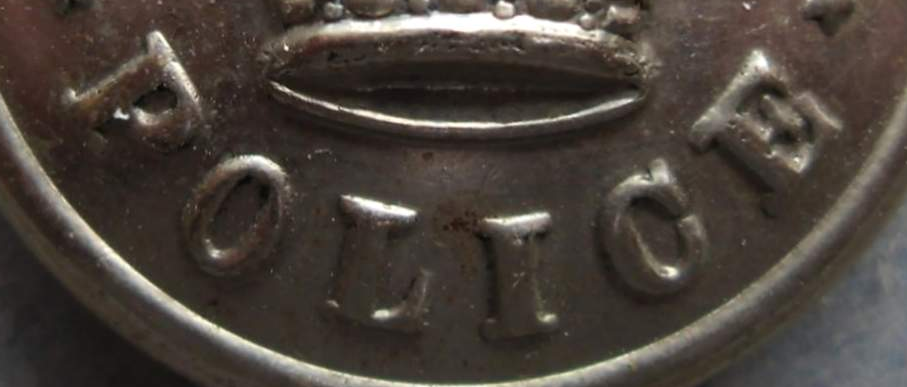
POLICE